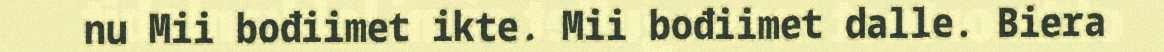
nu Mii bođiimet ikte. Mii bođiimet dalle. Biera